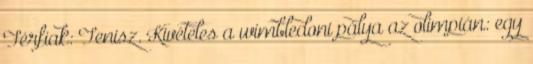
Férfiak: Tenisz. Kivételes a wimbledoni pálya az olimpián: egy